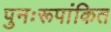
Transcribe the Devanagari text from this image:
पुनःरूपांकित